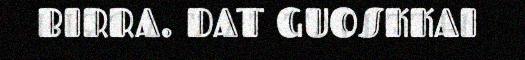
BIRRA. DAT GUOSKKAI